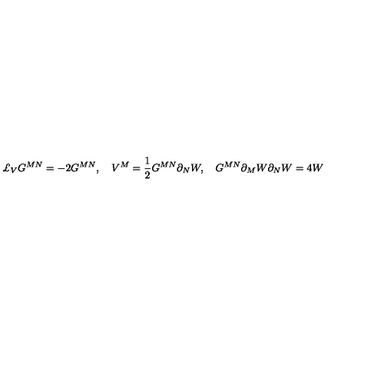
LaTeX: \pounds _ { V } G ^ { M N } = - 2 G ^ { M N } , \quad V ^ { M } = \frac { 1 } { 2 } G ^ { M N } \partial _ { N } W , \quad G ^ { M N } \partial _ { M } W { } \partial _ { N } W = 4 W